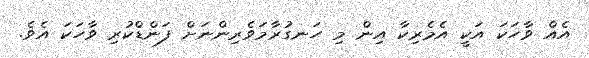
އެއް ވާހަކަ އަކީ އެމެރިކާ އިން މި ހަނގުރާމަވެރިންނަށް ފަންޑްކުރި ވާހަކަ އެވެ.